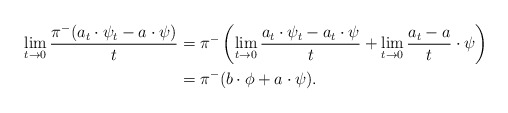
\begin{align*}\lim_{t\to 0} \frac{\pi^{-}(a_t\cdot\psi_t - a\cdot\psi)}{t}&= \pi^{-}\left(\lim_{t\to 0} \frac{a_t\cdot\psi_t - a_t\cdot\psi}{t} + \lim_{t\to 0} \frac{a_t - a}{t}\cdot\psi\right) \\& = \pi^{-}( b\cdot\phi + a\cdot\psi).\end{align*}